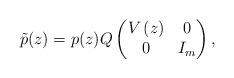
LaTeX: \begin{align*}\tilde{p}(z) = p(z) Q \begin{pmatrix}V\left( z \right) & 0 \\0 & I_m\end{pmatrix},\end{align*}